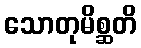
သောတုမိစ္ဆတိ